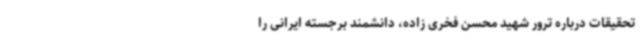
تحقیقات درباره ترور شهید محسن فخری زاده، دانشمند برجسته ایرانی را